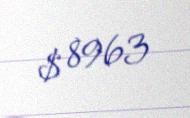
$ 8963